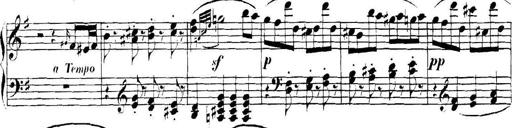
Title: Collected Piano Sonatas
Composer: Muzio Clementi